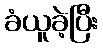
ခံယူခဲ့ပြီး